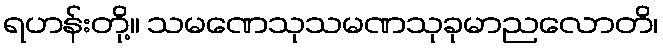
ရဟန်းတို့။ သမဏေသုသမဏသုခုမာညလောတိ၊